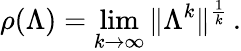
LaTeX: \rho(\Lambda)=\operatorname*{lim}_{k\rightarrow\infty}\| \Lambda^{k}\| ^{\frac{1}{k}}\, .